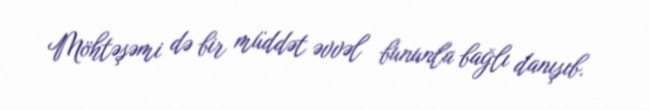
Möhtəşəmi də bir müddət əvvəl bununla bağlı danışıb.